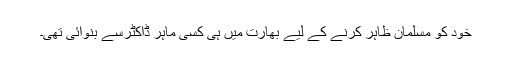
خود کو مسلمان ظاہر کرنے کے لیے بھارت میں ہی کسی ماہر ڈاکٹرسے بنوائی تھی۔